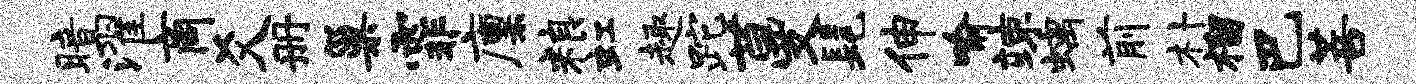
暗濯商爻册巢霏廪粮虹趣跎蔓髦伸喻竦螭前朴榴巴菩